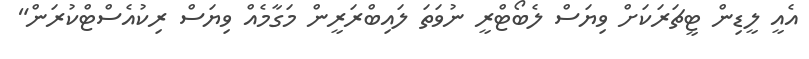
އެއީ ލީޑިން ޓީޗަރަކަށް ވިޔަސް ލެބޯޓްރީ ނުވަތަ ލައިބްރަރީން މަގާމެއް ވިޔަސް ރިކުއެސްޓްކުރަން"